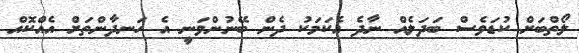
ލޯތްބަށް ކުޑަވެސް ބަދަލެއް ނާދެ އެކަމަކު ދެން ބޭނުންވަނީ އެ ހަނދާންތަށް އެއްކޮއް